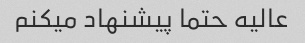
عالیه حتما پیشنهاد میکنم